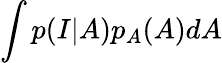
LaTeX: \int p(I|A)p_{A}(A)dA